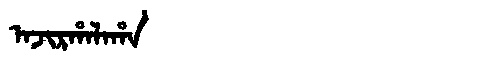
Manchu: ᠠᠵᡳᡵᡥᠠᠯᠠᡥᠠ
Romanization: AJIRHALAHA